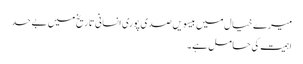
میرے خیال میں بیسویں صدی پوری انسانی تاریخ میں بے حد
اہمیت کی حامل ہے۔